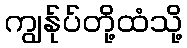
ကျွန်ုပ်တို့ထံသို့